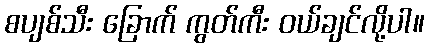
စပျစ်သီး ခြောက် ကွတ်ကီး ဝယ်ချင်လို့ပါ။